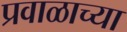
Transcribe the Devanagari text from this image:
प्रवाळाच्या